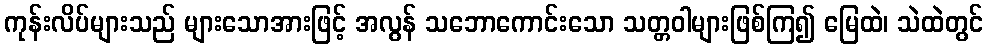
ကုန်းလိပ်များသည် များသောအားဖြင့် အလွန် သဘောကောင်းသော သတ္တဝါများဖြစ်ကြ၍ မြေထဲ၊ သဲထဲတွင်